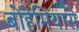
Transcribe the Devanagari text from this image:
बोहेमियासे